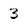
Character: 3